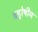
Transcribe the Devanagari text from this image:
बहुरेषीय